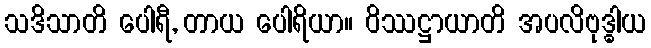
သဒိသာတိ ပေါရီ, တာယ ပေါရိယာ။ ဝိဿဋ္ဌာယာတိ အပလိဗုဒ္ဓါယ